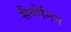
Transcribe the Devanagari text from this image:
सैवोनिन